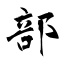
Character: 部